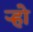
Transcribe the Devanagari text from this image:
र्‍हो